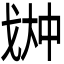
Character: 𫻳